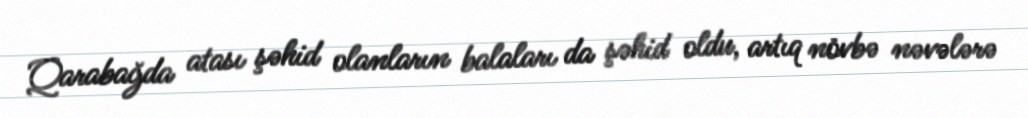
Qarabağda atası şəhid olanların balaları da şəhid oldu, artıq növbə nəvələrə